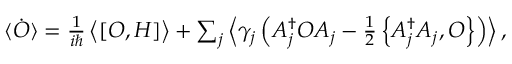
\begin{array} { r } { \dot { \langle O \rangle } = \frac { 1 } { i \hbar } \left\langle [ O , H ] \right\rangle + \sum _ { j } \left\langle \gamma _ { j } \left( A _ { j } ^ { \dagger } O A _ { j } - \frac { 1 } { 2 } \left\{ A _ { j } ^ { \dagger } A _ { j } , O \right\} \right) \right\rangle , } \end{array}